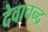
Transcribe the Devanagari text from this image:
देवाचन्द्र